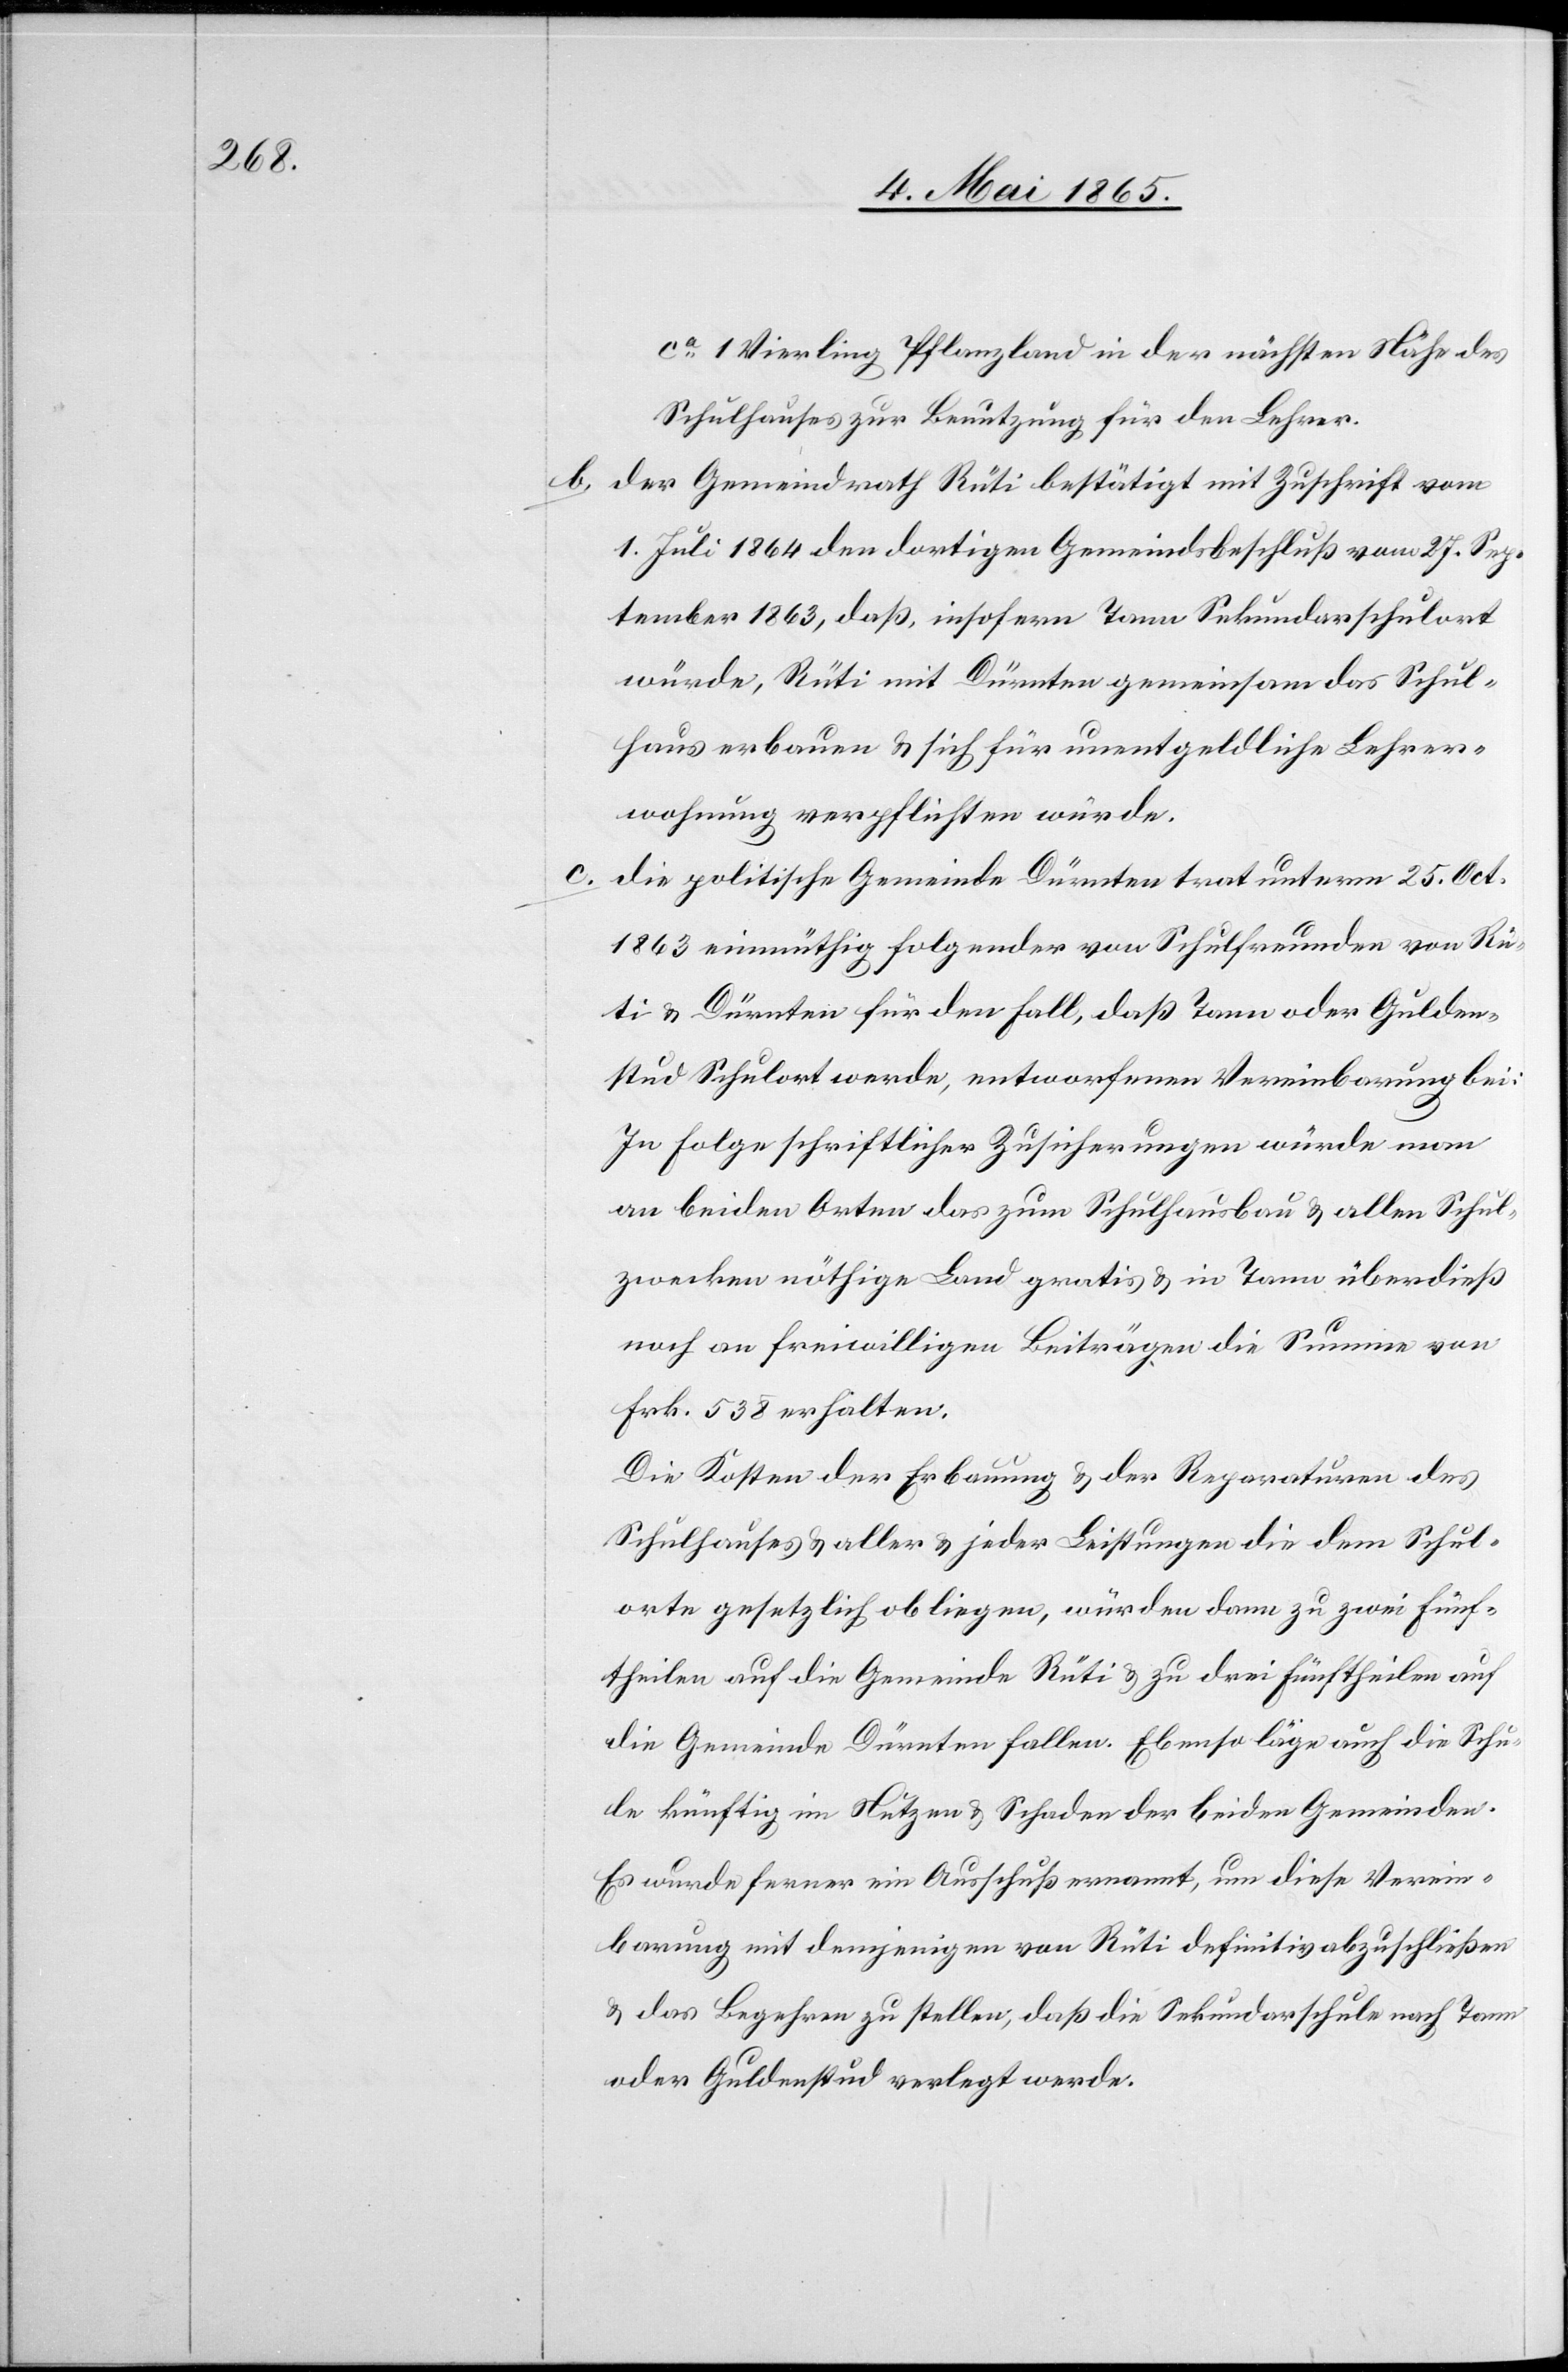
b.

ca 1 Vierling Pflanzland in der nächsten Nähe des
Schulhauses zur Benutzung für den Lehrer.
Der Gemeindrath Rüti bestätigt mit Zuschrift vom
1. Juli 1864 den dortigen Gemeindsbschluß vom 27. Sep¬
tember 1863, daß, insofern Tann Sekundarschulort
würde, Rüti mit Dürnten gemeinsam das Schul¬
haus erbauen & sich für unentgeldliche Lehrer¬
wohnung verpflichten würde.
Die politische Gemeinde Dürnten trat unterm 25. Oct.
1863 einmüthig folgender von Schulfreunden von Rü¬
ti & Dürnten für den Fall, daß Tann oder Gulden¬
stud Schulort werde, entworfenen Vereinbarung bei:
In Folge schriftlicher Zusicherungen würde man
an beiden Orten das zum Schulhausbau & allen Schul¬
zwecken nöthige Land gratis & in Tann überdieß
noch an freiwilligen Beiträgen die Summe von
Frk. 538 erhalten.
Die Kosten der Erbauung & der Reparaturen des
Schulhauses & aller & jeder Leistungen die dem Schul¬
orte gesetzlich obliegen, würden dann zu zwei Fünf¬
theilen auf die Gemeinde Rüti & zu drei Fünftheilen auf
die Gemeinde Dürnten fallen. Ebenso läge auch die Schu¬
le künftig im Nutzen & Schaden der beiden Gemeinden.
Es wurde ferner ein Ausschuß ernannt, um diese Verein¬
barung mit demjenigen von Rüti definitiv abzuschließen
& das Begehren zu stellen, daß die Sekundarschule nach Tann
oder Guldenstud verlegt werde.